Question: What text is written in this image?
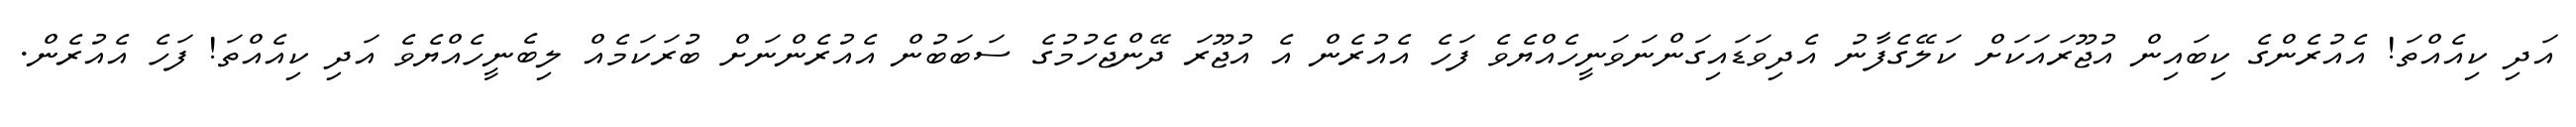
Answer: އަދި ކިއެއްތަ! އެއުރެންގެ ކިބައިން އުޖޫރައަކަށް ކަލޭގެފާނު އެދިވަޑައިގަންނަވަނީހެއްޔެވެ ފަހެ އެއުރެން އެ އުޖޫރަ ދޭންޖެހުމުގެ ސަބަބުން އެއުރެންނަށް ބުރަކަމެއް ލިބެނީހެއްޔެވެ އަދި ކިއެއްތަ! ފަހެ އެއުރެން.